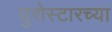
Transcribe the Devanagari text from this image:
युरोस्टारच्या